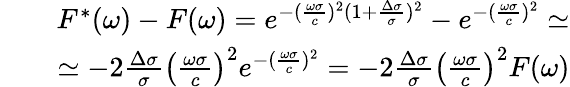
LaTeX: \begin{array}{rlr}&{}&{F^{*}(\omega)-F(\omega)=e^{-(\frac{\omega\sigma}{c})^{2}(1+\frac{\Delta\sigma}{\sigma})^{2}}-e^{-(\frac{\omega\sigma}{c})^{2}}\simeq}\\ &{}&{\simeq-2\frac{\Delta\sigma}{\sigma}\left(\frac{\omega\sigma}{c}\right)^{2}e^{-(\frac{\omega\sigma}{c})^{2}}=-2\frac{\Delta\sigma}{\sigma}\left(\frac{\omega\sigma}{c}\right)^{2}F(\omega)}\end{array}